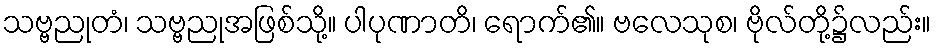
သဗ္ဗညုတံ၊ သဗ္ဗညုအဖြစ်သို့။ ပါပုဏာတိ၊ ရောက်၏။ ဗလေသုစ၊ ဗိုလ်တို့၌လည်း။